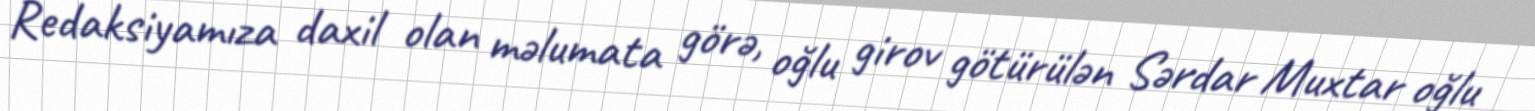
Redaksiyamıza daxil olan məlumata görə, oğlu girov götürülən Sərdar Muxtar oğlu